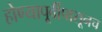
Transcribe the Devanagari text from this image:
होण्यापूर्वीपासूनच